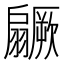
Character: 𱻥